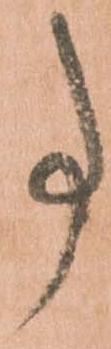
事